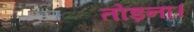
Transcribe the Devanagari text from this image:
तोड़ना।